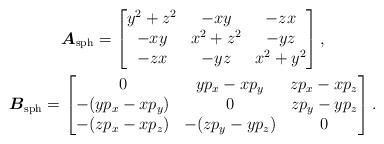
LaTeX: \begin{gather*}\boldsymbol{A}_{\rm sph}=\left[\begin{matrix}y^2+z^2&-xy&-zx\\-xy&x^2+z^2&-yz\\-zx&-yz&x^2+y^2\end{matrix}\right ] ,\\\boldsymbol{B}_{\rm sph}=\left[\begin{matrix}0&yp_x-xp_y&zp_x-xp_z\\-(yp_x-xp_y)&0&zp_y-yp_z\\-(zp_x-xp_z)&-(zp_y-yp_z)&0\end{matrix}\right ] .\end{gather*}